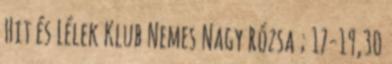
Hit és Lélek Klub Nemes Nagy Rózsa ; 17-19,30